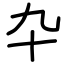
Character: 卆